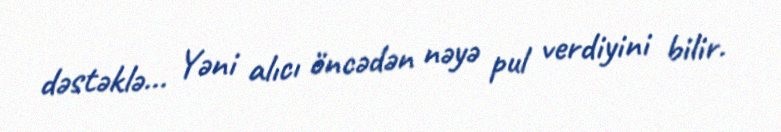
dəstəklə... Yəni alıcı öncədən nəyə pul verdiyini bilir.